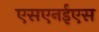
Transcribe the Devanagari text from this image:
एसएनईएस